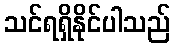
သင်ရရှိနိုင်ပါသည်